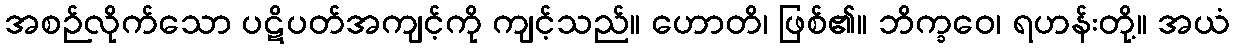
အစဉ်လိုက်သော ပဋိပတ်အကျင့်ကို ကျင့်သည်။ ဟောတိ၊ ဖြစ်၏။ ဘိက္ခဝေ၊ ရဟန်းတို့။ အယံ